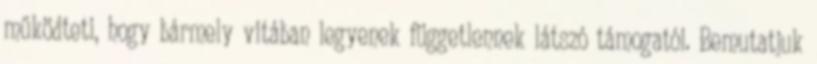
működteti, hogy bármely vitában legyenek függetlennek látszó támogatói. Bemutatjuk